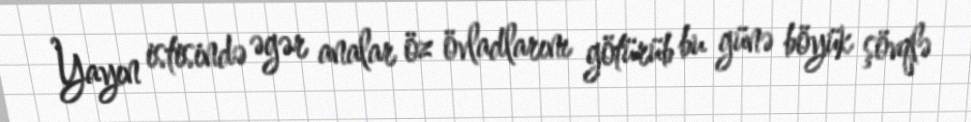
Yayın istisində əgər analar öz övladlarını götürüb bu günə böyük şövqlə